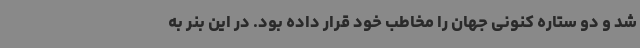
شد و دو ستاره کنونی جهان را مخاطب خود قرار داده بود. در این بنر به